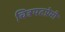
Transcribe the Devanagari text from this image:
चित्रपटप्रेमी